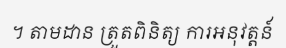
។ តាមដាន ត្រួតពិនិត្យ ការអនុវត្តន៍